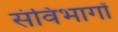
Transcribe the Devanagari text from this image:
संविभागों